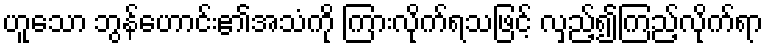
ဟူသော ဘွန်ဟောင်း၏အသံကို ကြားလိုက်ရသဖြင့် လှည့်၍ကြည့်လိုက်ရာ